NAE_ERA_R-2324_Eesti_Vabariigi_Pohiseaduslik_Assamblee, lk 31
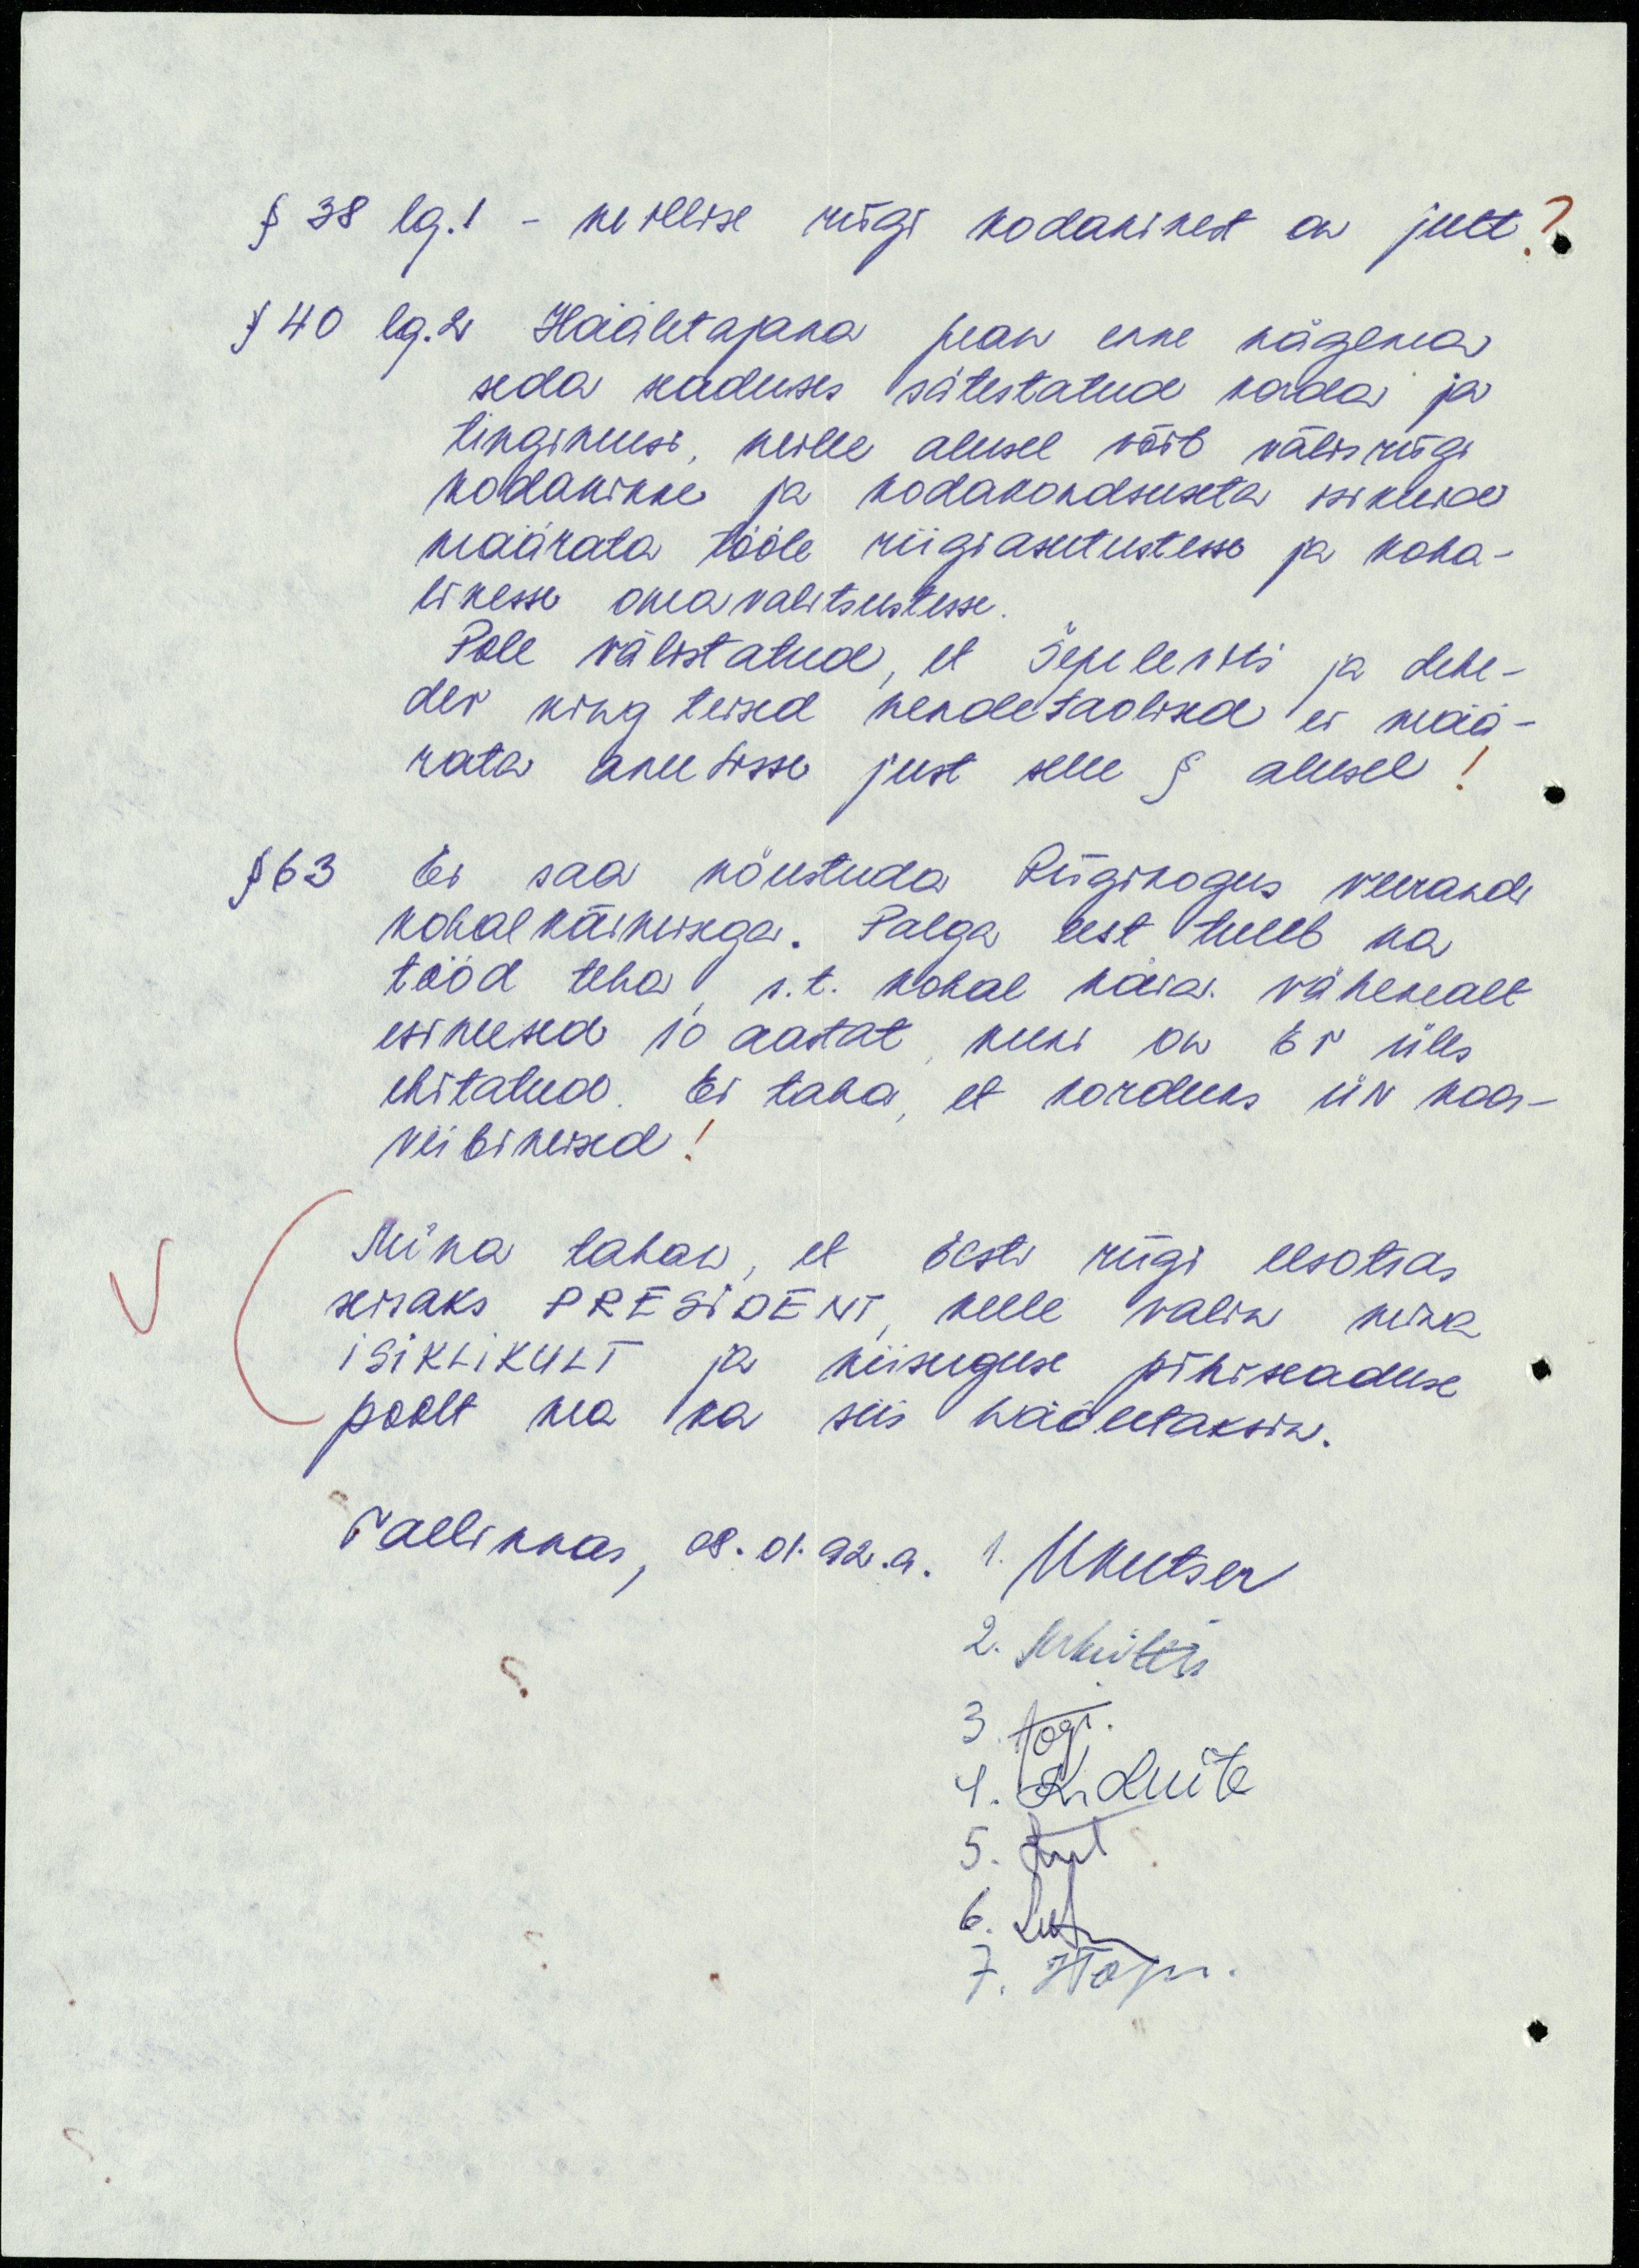
§ 38 lg. 1 - millise riigi kodanikest on jutt?
§ 40 lg. 2. Hääletajana pean enne nägema
seda seaduses sätestatud korda ja
tingimusi, mille alusel võib välisriigi
kodanikke ja kodakondsuseta isikuid
määrata tööle riigiasutustesse ja koha-
likesse omavalitsustesse.
Pole välistatud, et Šepelevitš ja Lebe-
dev ning teised nendetaolised ei mää-
rata ametisse just selle § alusel!
§ 63 Ei saa nõustuda Riigikogus veerandi
kohalkäimisega. Palga eest tuleb ka
tööd teha, s.t. kohal käia vähemalt
esimesed 10 aastat, kuni on EV üles
ehitatud. Ei taha, et korduks ÜN koos-
viibimised!
Mina tahan, et Eesti riigi eesotsas
seisaks PRESIDENT, kelle valin mina
ISIKLIKULT ja niisuguse põhiseaduse
poolt ma ka siis hääletaksin.
Tallinnas, 08.01. 92. a.